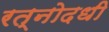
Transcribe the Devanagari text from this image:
रत्नोदधी